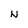
Character: N